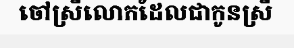
ចៅស្រីលោកដែលជាកូនស្រី